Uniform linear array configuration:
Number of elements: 16
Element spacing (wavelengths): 0.75
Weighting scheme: exponential
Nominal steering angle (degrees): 60
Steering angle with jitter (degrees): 61.194
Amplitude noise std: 0.05
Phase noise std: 0.05

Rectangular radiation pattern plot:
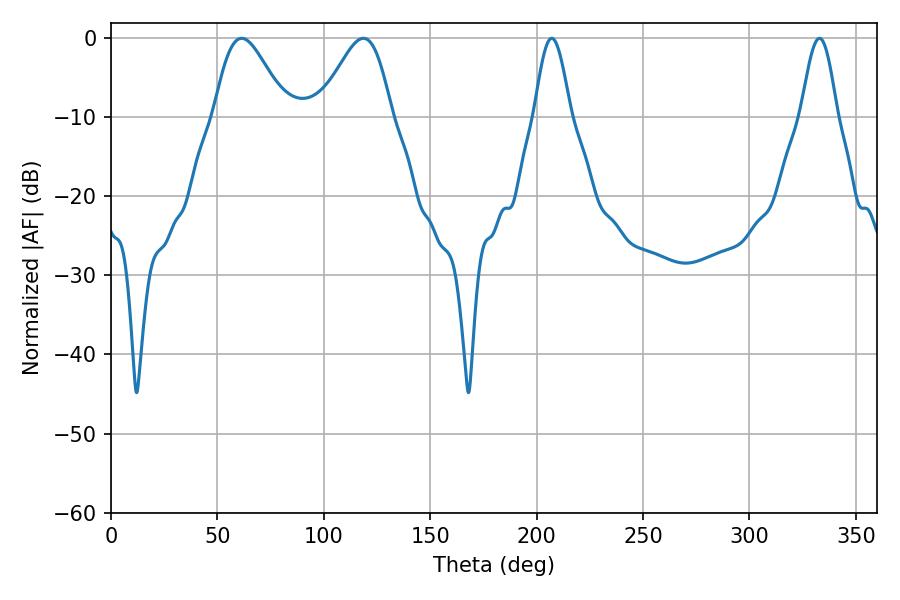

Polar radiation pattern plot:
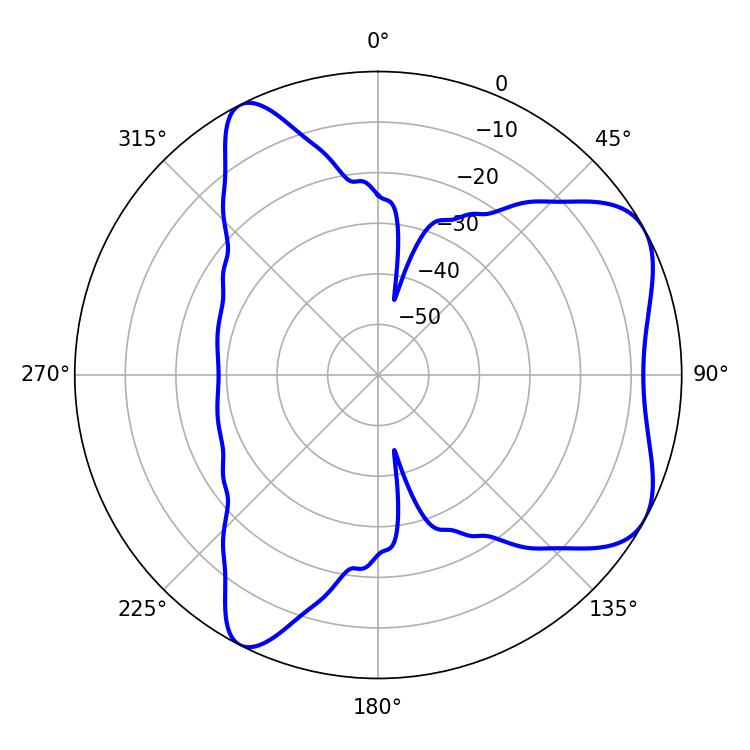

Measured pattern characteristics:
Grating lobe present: TRUE
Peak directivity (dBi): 6.08
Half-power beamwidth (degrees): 17.82
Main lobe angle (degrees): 61.38